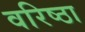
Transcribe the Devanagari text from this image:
वरिष्ठा